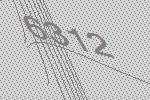
6312